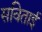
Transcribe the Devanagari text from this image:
सविताई